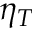
\eta _ { T }